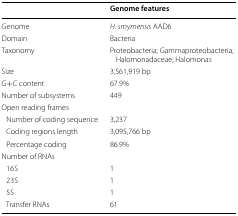
<table><thead><tr><td></td><td><b>Genome features</b></td></tr></thead><tbody><tr><td>Genome</td><td><i>H</i>. <i>smyrnensis</i> AAD6</td></tr><tr><td>Domain</td><td>Bacteria</td></tr><tr><td>Taxonomy</td><td>Proteobacteria; Gammaproteobacteria; Halomonadaceae; Halomonas</td></tr><tr><td>Size</td><td>3,561,919 bp</td></tr><tr><td>G+C content</td><td>67.9%</td></tr><tr><td>Number of subsystems</td><td>449</td></tr><tr><td colspan="2">Open reading frames</td></tr><tr><td> Number of coding sequence</td><td>3,237</td></tr><tr><td> Coding regions length</td><td>3,095,766 bp</td></tr><tr><td> Percentage coding</td><td>86.9%</td></tr><tr><td colspan="2">Number of RNAs</td></tr><tr><td> 16S</td><td>1</td></tr><tr><td> 23S</td><td>1</td></tr><tr><td> 5S</td><td>1</td></tr><tr><td> Transfer RNAs</td><td>61</td></tr></tbody></table>